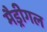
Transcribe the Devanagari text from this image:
मैड्रीगल